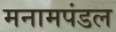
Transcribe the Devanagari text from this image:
मनामपंडल